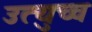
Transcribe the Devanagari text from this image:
उत्युच्च